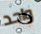
واحد